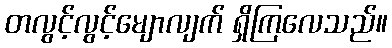
တလွင့်လွင့်မျောလျက် ရှိကြလေသည်။